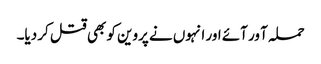
حملہ آ ور آئے اور انہوں نے پروین کو بھی قتل کر دیا۔